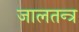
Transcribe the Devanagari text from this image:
जालतन्त्र